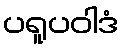
ပရူပဝါဒံ